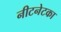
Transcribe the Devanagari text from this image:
नीटनेटका